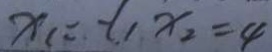
x _ { 1 } = - 1 1 x _ { 2 } = 4